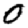
Digit: 0